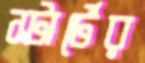
স্টার্টের